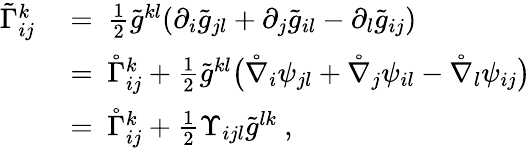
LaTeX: \begin{array}{rl}{\tilde{\Gamma}_{ij}^{k}\ }&{=\ \frac 12\tilde{g}^{kl}(\partial_{i}\tilde{g}_{jl}+\partial_{j}\tilde{g}_{il}-\partial_{l}\tilde{g}_{ij})}\\ &{=\ \mathring{\Gamma}_{ij}^{k}+\frac 12\tilde{g}^{kl}\big(\mathring{\nabla}_{i}\psi_{jl}+\mathring{\nabla}_{j}\psi_{il}-\mathring{\nabla}_{l}\psi_{ij}\big)}\\ &{=\ \mathring{\Gamma}_{ij}^{k}+\frac 12\Upsilon_{ijl}\tilde{g}^{lk}~,}\end{array}